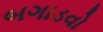
બગાડવો